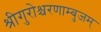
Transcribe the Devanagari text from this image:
श्रीगुरोश्चरणाम्बुजम्